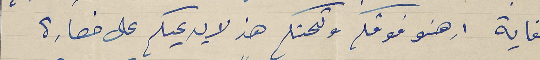
كفاية ارهنو فوقكم وتحتكم هذ لا يدعيكم على خصارة